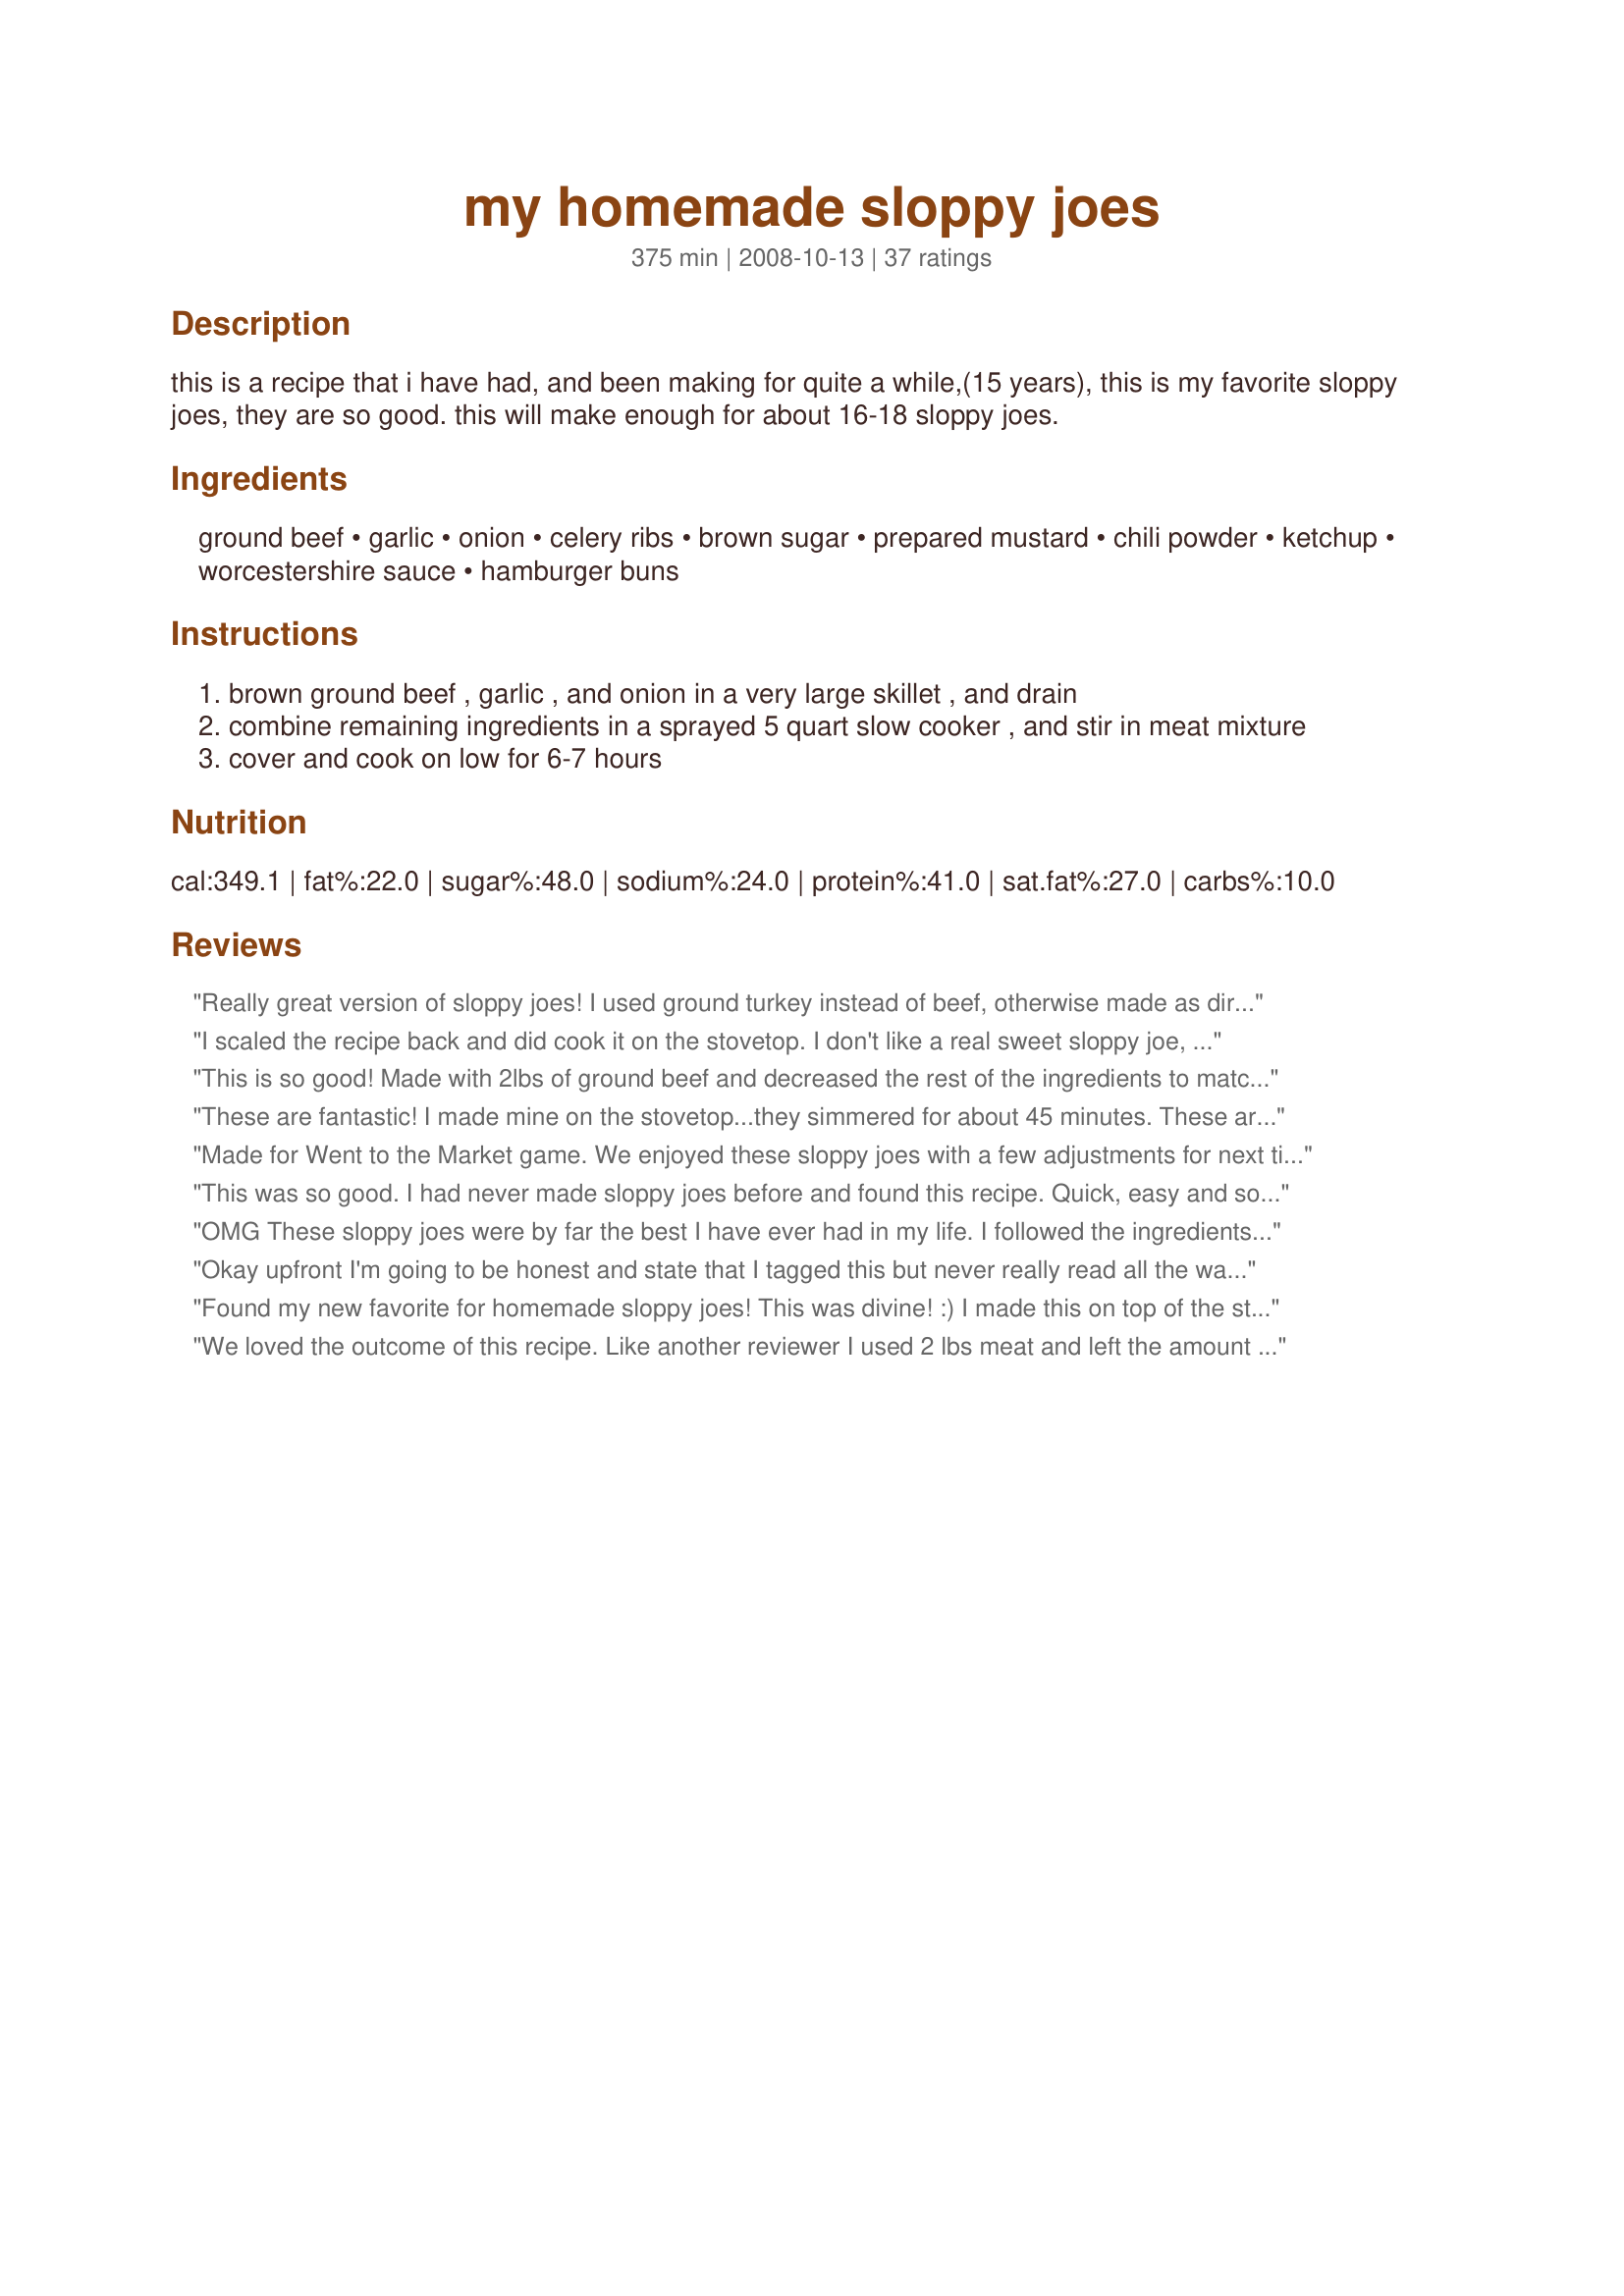
my homemade sloppy joes
Preparation time: 375 minutes

this is a recipe that i have had, and been making for quite a while,(15 years), this is my favorite sloppy joes, they are so good. this will make enough for about 16-18 sloppy joes.

Ingredients:
ground beef, garlic, onion, celery ribs, brown sugar, prepared mustard, chili powder, ketchup, worcestershire sauce, hamburger buns

Steps:
brown ground beef , garlic , and onion in a very large skillet , and drain
combine remaining ingredients in a sprayed 5 quart slow cooker , and stir in meat mixture
cover and cook on low for 6-7 hours

Reviews:
Really great version of sloppy joes! I used ground turkey instead of beef, otherwise made as directed. Served some for dinner and packaged the rest in single-serving pouches to put in the freezer for quick lunches/dinners later. Thanks for sharing the recipe! Made for the Best of 2012 event, recommended by AZPARZYCH
I scaled the recipe back and did cook it on the stovetop. I don't like a real sweet sloppy joe, so I cut way back on that amount. I always add green bell pepper and so I added it in place of the celery. These were great tasting sloppy joes. Thanks for sharing the recipe. Made for Stars Tag Game.
This is so good! Made with 2lbs of ground beef and decreased the rest of the ingredients to match. Since I made it for Mother's Day dinner I followed the recipe and put it in the crock pot so I didn't have to mess with it. Was the perfect balance for sweet and savory; the chili powder was not too much for the DSs. Made for 123Hits.
These are fantastic! I made mine on the stovetop...they simmered for about 45 minutes. These are not as soupy as some sloppy joes are which is just the way I like them! Made for Best of 2012 cooking tag game.
Made for Went to the Market game.
We enjoyed these sloppy joes with a few adjustments for next time.I would only use half the brown sugar, we found it a bit too sweet for our taste.Other than that, simple, quick and quite nice. :)
This was so good. I had never made sloppy joes before and found this recipe. Quick, easy and so tasty. I did cut back on the ground beef to 2 lbs and left everything else the same. It was perfect. Thank you for this great recipe.
OMG These sloppy joes were by far the best I have ever had in my life. I followed the ingredients to a &quot;T&quot; but I browned my onions and garlic in a skillet, then added the hamburger meat, drained the grease, and added the mixed ingredients into the pan and let it simmer for 5 minutes. I made my sandwiches with flat bread and baby swiss cheese, it was delicious! I will never buy store bought again!
Okay upfront I'm going to be honest and state that I tagged this but never really read all the way through the recipe instructions. So I made this exactly as written except for one little thing (hee hee) - I made it on the stove top and not in a slow cooker and we ate in after 30 minutes and not 4-6 hours! But I'm not sorry one bit - the flavors are outstanding even with a shortened amount of time. I just made it like normal sloppy joes of browning meat, draining fat, adding celery & onions and letting them cook for 15 and then added the remainder of the ingredients and cooked for an additional 15-20 minutes. My teenage son gobbled down 3 sandwiches and kept ymmm-ing while eating. My hubby and I really loved the flavors too - not overly spicy and has a tinge of sweetness but not too much. I'm just thrilled I tagged this in Zaar Stars tag game.
Found my new favorite for homemade sloppy joes! This was divine! :) I made this on top of the stove instead of in the crockpot and simmered for 30 minutes. I used a tad of celery seed as I don't usually have celery in the house and used 1/2 recipe w/1 # of meat. Thank you for sharing!
We loved the outcome of this recipe. Like another reviewer I used 2 lbs meat and left the amount of the sauce the same (minus the celery). As we are a small household and I only used 2 servings I have put several containers of it in the freezer for later use. I used 2 TBSP of Splenda Brown sugar, that amount worked very well for us. All in all this is delicious, thanks for posting it :D
Yum. Like some of the others, I didn't put this in a crockpot. I did make it in an electric skillet and let it cook on low for a couple hours. It was super. My son ate two sandwiches, so that says a lot in itself. Thanks for posting!
Nummy, nummy, nummy. I am taking 20 lbs to a family reunion and know they will be a hit. . Serving for dinner without puting in crockpot. They will be great in the crockpot at the reunion too. Thank you for sharing such a wonderful recipe
I love a recipe that is a favorite of the cook.We really enjoyed it also as I made as written except I did not use the crock pot.It is a Friday evening so too late for that.Thank you so much for a keeper.
Great recipe! Made the house smell so good I kept going to &quot;taste&quot; it in the slow cooker!! This disappeared super fast and we loved it!
I had never had sloppy joes before but this recipe was delicious! Really easy to make, very tasty and still great with extra lean beef. My DH doesn't like celery but couldn't taste it in this recipe at all! I'm making it again next week!
Thank-you so much for sharing this recipe! We race stockcars each Saturday, and I always fix lunch for all the crew. This was a huge hit in the race shop as there were no leftovers and they are requesting it again today. I do have to say that the first time I made it I didn't have any chili powder in the cupboard so I used taco seasoning and it was still wonderful! Also, I let if cook on the stove for about 45 minutes and then put in the crockpot for about an hour, it was awesome! Thanks again from the whole race team : )
My nine-year old Daughter and I made this together; it was her first-time ever having a Sloppy Joe (which, because she does not like things that are messy, I had to call Manwich even though it&#039;s a terribly sexist name but is still better than &quot;Saucy Meatwich&quot;).
We loved them.
In the spirit of full disclosure, I will say that I fully intended on following the recipe exactly, BUT, as I added the browned beef to the sauce, I did decide to not add all of the beef because it seemed as if doing so would have resulted in WAY more beef than sauce.
Other than that, we did as the recipe instructed, and were very pleased with the result.
Thanks for posting this, and helping make my Daughter&#039;s first Sloppy Joe/Manwich/Saucy Meatwich Experience a great one.
I had all the ingredients except the mustard to do this recipe. I didnt change a thing except didnt use the mustard. Also I cooked on stove top. Only simmered for 20 minutes after the rest of the ingredients were added. This was excellent.
These are great sloppy joes. Me and my son loved these. I haven't change a thing in the ingredients. They were perfect. But I cooked them on the stove top 10 more minutes. Thanks Weekend cooker :) Made for PRMR tag game
This is an awesome recipe! My family LOVES homemade sloppy joe's and this will be the recipe I make from now on! Thanks :)
Saut&eacute;ed 2 onions and celery in olive oil first, then added garlic when soft. Added 2.5 lbs ground bison, stir until well browned, about 10 min. Reduce heat, then add 3-4T tomato paste, let it caramelize a bit, then add 1C tomato sauce and 1/2C ketchup, cook a bit, then add Worcestershire, mustard and chili powder (I omitted the brown sugar). Cook another 15-20 min on stovetop. Served on onion buns.
Excellent as written. We used ground pork to get away from beef and you would not know it wasn't beef! Good flavored sauce.
You have a wonderful recipe here, with most satisfying results & although we didn't get anywhere near 16 servings from it ~ might have been 'cause we had humugous buns that we filled to a generous overflow ~ we were very happy campers! Presonally, I liked the inclusion of the celery, & for the onion I used a Vadalia! Also added a slight more mustard while cutting back a little on the chili powder! Definitely a keeper of a recipe! [Tagged & made in Please Review My Recipe]
So I made this this morning. Have a long day at work and thought this would make dinner quick and easy. There is a problem though! I keep eating it out of the pan instead of putting it in the refrigerator! ???? Just might have to make another batch. HAHA! I did add some diced green pepper but, not really needed. I am actually making Tidy Joes instead of sloppy ones. Using Grands biscuits, stuffed with meat, sealed and baked. Thank you for an amazing recipe!
Another winner for weekend cooker! I made this to take to our company Christmas potluck and they are absolutely delicious! Thank you for posting!
This is a meaty sloppy joe, not much sauce, but great BBQ-style flavor. We didn't have any celery, but one of us doesn't usually like it anyway. Otherwise, made as instructed; it went together quickly and came out terrific. Great treat to take out to the patio on a spring evening! Thanks! Made for OZ/NZ swap, April 09.
This was so good. The only change I made was I added half a cup of chopped bell peppers. I will be making this again for family get togethers. Thanks
Love these! These sloppy joes really hit the spot with my family! Everyone commented on the wonderful flavor! They are so good and I will use this recipe all of the time now. Thanks for sharing!
Delicious!! These sloppy joes were spiced just the way we like them. My husband doesn't like sloppy joes that are too sweet, and he thought that these were just right. I halved the recipe and cooked it for 6 hours in my 3-qt. crockpot. We like bell pepper in our sloppy joes so I added some to the beef, onion, garlic, and celery mix in the saucepan. I served these on whole wheat buns with a slice of American cheese...yum! Thank you for sharing this wonderful recipe. It is a keeper! <br/>*Made for 2010 Football Pool*
This is a great Recipe, I had my nieces over the opener of hunting weekend with my two boys this was easy to make, throw it all in the crockpot and leave it until supper. DH loved it too when he came in from hunting in the cold. I did not use the celery or garlic but it was still fantastic. Thank you.
Can't really fault this...it ticked all the right boxes for us.<br/>I did scale back a little on this, and I also used the stove top, but only as my slow cooker seemed a bit on the large side for the amount I was making. Next time I'll make a full batch in the slow cooker- just to see how it compares!<br/>We thought that they were very tasty, and wouldn't hesitate to make them again.<br/>Thanks for another great tasting recipe WC. Made for PRMR.
Since I'm cooking for only two, I cut the recipe down to 1 lb. of ground beef. I did, however, have to increase the sauce ingredients; used about 2/3 cup catsup and 1 tablespoon of brown sugar. In addition to the celery and onions, I also added about 1/4 cup of green peppers. This so much better than those mixes and canned 'stuff'! The flavors is a 5 star, just think the amounts need adjusting a little! Thanks for sharing. Tagged for the Potluck Game!
TY Doug for a great sloppy joe recipe that was really easy to throw together. I always add brown sugar to my bbq recipes as the family really likes the added sweetness. I did omit the celery and onion per families request. Thanks~
Made for 123Hits.
I know this post was from 5 yrs ago. But just made these and they came out really good. A good idea for my 10 yr son 11th birthday party. Quick and easy and i dont have to cook for so many kids no dishes, no mess, paper plates and in a crockpot. Thanks for this delicious reciepe
I hate to write less than favorable review which is probably why I dragged my feet in getting it posted. :(<br/>A few problems with this... first too sweet. (and I like it sweet!) If I were to do it again I would try replacing the ketchup with tomato sauce. Also I cooked this for exactly 7 hrs (overnight so no stirring) and it was overcooked. I'll have to keep looking to find the sloppy joe recipe for me.
Made as written for the FYC Tag Game - DH &amp; I both love Sloppy Joes, I love using my crock pot &amp; I wanted something easy for our dinner so we could nap before watching the Super Bowl on-line. There&#039;s only 2 of us, but I didn&#039;t let that stop me. I made the full amount &amp; put 2/3 of it in 2 freezer containers for later use. We were greedy &amp; full after dinner last night &amp; look forward to making it happen again tonight. These Joes were yummy, Doug. Thx for sharing the recipe w/us.
I added green bell peppers and it is perfect. Great recipe thanks!
